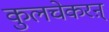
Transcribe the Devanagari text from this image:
कुलचेकरऩ्